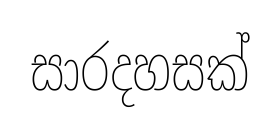
සාරදහසක්